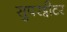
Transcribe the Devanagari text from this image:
सुपरट्वीटर